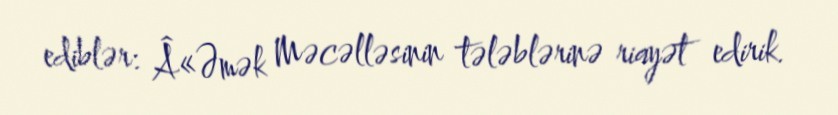
ediblər: Â«Əmək Məcəlləsinin tələblərinə riayət edirik.